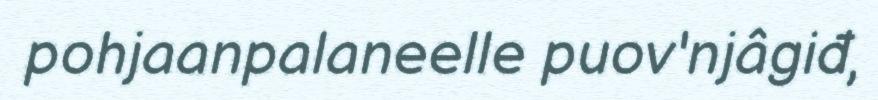
pohjaanpalaneelle puov'njâgiđ,